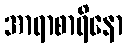
အာရာစာရိနော